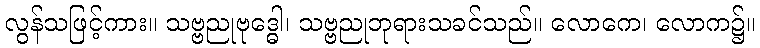
လွန်သဖြင့်ကား။ သဗ္ဗညုဗုဒ္ဓေါ၊ သဗ္ဗညုဘုရားသခင်သည်။ လောကေ၊ လောက၌။